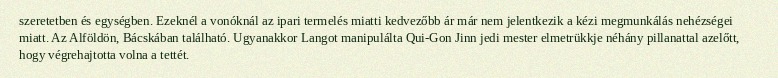
szeretetben és egységben. Ezeknél a vonóknál az ipari termelés miatti kedvezőbb ár már nem jelentkezik a kézi megmunkálás nehézségei miatt. Az Alföldön, Bácskában található. Ugyanakkor Langot manipulálta Qui-Gon Jinn jedi mester elmetrükkje néhány pillanattal azelőtt, hogy végrehajtotta volna a tettét.